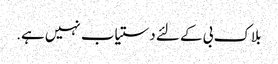
بلاک بی کے لئے دستیاب نہیں ہے.